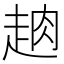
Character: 𧻣